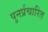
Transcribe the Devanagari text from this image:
पुनर्प्रचारित